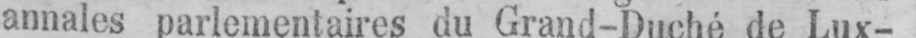
annales parlementaires du Grand-Duché de Lux-